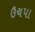
ઉચપા